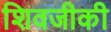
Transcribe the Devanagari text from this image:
शिवजीकी